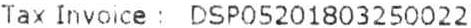
TAX INVOICE : DSP05201803250022